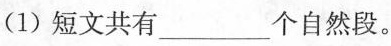
(1)短文共有_______个自然段。